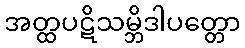
အတ္ထပဋိသမ္ဘိဒါပတ္တော